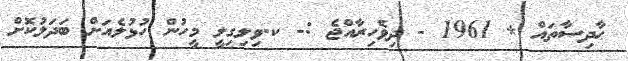
ޙާދިސާތައް * 1961 - ދިވެހިރާއްޖެ :- ކ.ވިލިގިލީ މީހުން ހުޅުލެއަށް ބަދަލުކޮށް